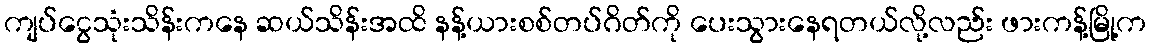
ကျပ်ငွေသုံးသိန်းကနေ ဆယ်သိန်းအထိ နန့်ယားစစ်တပ်ဂိတ်ကို ပေးသွားနေရတယ်လို့လည်း ဖားကန့်မြို့က